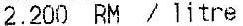
2.200 RM / LITRE